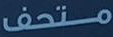
متحف